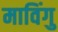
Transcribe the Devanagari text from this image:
माविंगु